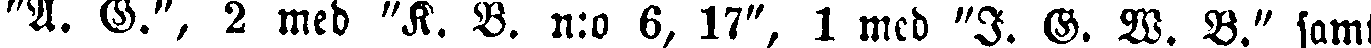
"A. G.", 2 med "K. B. n:o 6, 17", 1 med "I. G. W. B." samt